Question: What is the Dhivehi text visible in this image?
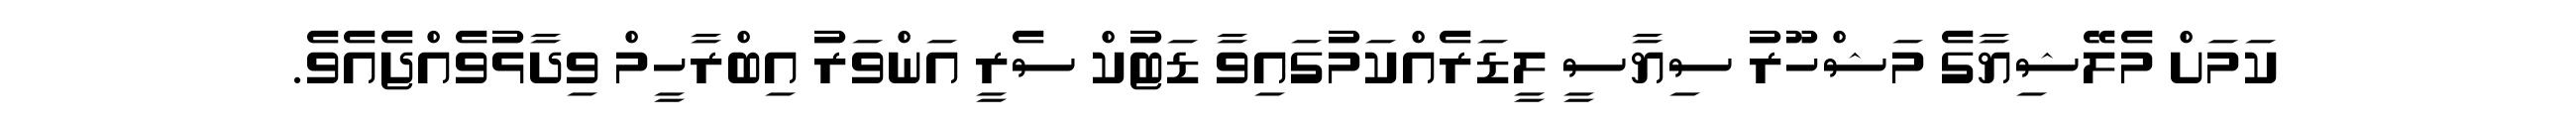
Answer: ކަމަށް މެލޭޝިޔާގެ މަޝްހޫރު ސިޔާސީ ލީޑަރެއްކަމުގައިވާ ޑަޓުކް ސެރީ އަންވަރު އިބްރާހީމް ވިދާޅުވެއްޖެއެވެ.